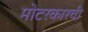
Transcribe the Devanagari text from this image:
मोटरकारची